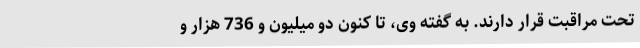
تحت مراقبت قرار دارند. به گفته وی، تا کنون دو میلیون و 736 هزار و